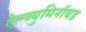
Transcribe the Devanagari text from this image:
ऐल्ब्युमिनॉयड